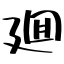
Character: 廽